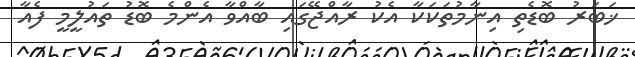
ޚަބަރު ބޮޑެތި އިނާމުތަކަކާ އެކު ރާއްޖޭގައި ބާއްވާ އެންމެ ބޮޑު ތައުލީމީ ފެއާ